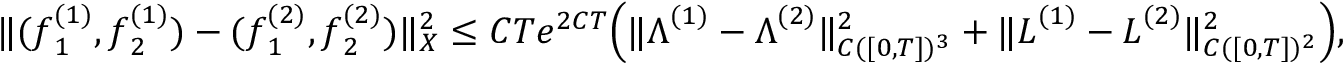
\| ( \boldsymbol { f } _ { 1 } ^ { ( 1 ) } , \boldsymbol { f } _ { 2 } ^ { ( 1 ) } ) - ( \boldsymbol { f } _ { 1 } ^ { ( 2 ) } , \boldsymbol { f } _ { 2 } ^ { ( 2 ) } ) \| _ { X } ^ { 2 } \le C T e ^ { 2 C T } \Big ( \| \boldsymbol { \Lambda } ^ { ( 1 ) } - \boldsymbol { \Lambda } ^ { ( 2 ) } \| _ { C ( [ 0 , T ] ) ^ { 3 } } ^ { 2 } + \| \boldsymbol { L } ^ { ( 1 ) } - \boldsymbol { L } ^ { ( 2 ) } \| _ { C ( [ 0 , T ] ) ^ { 2 } } ^ { 2 } \Big ) ,